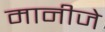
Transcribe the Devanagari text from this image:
मानीजे